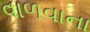
વાળવાના